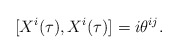
\begin{align*}\lbrack X^{i}(\tau ),X^{i}(\tau )]=i\theta ^{ij}.\end{align*}